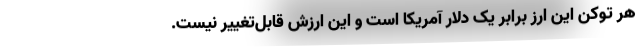
هر توکن این ارز برابر یک دلار آمریکا است و این ارزش قابل‌تغییر نیست.